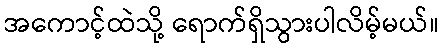
အကောင့်ထဲသို့ ရောက်ရှိသွားပါလိမ့်မယ်။